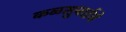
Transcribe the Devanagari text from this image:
कळसुबाईचे